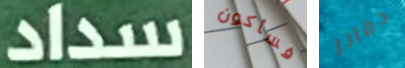
سداد فسأكون دفاتر